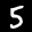
Label: 5